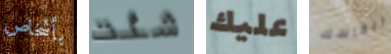
بأشخاص شئت عليك انفاسك